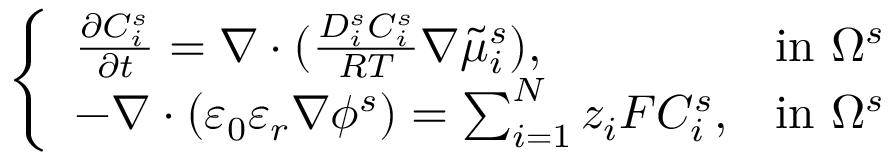
\left\{ \begin{array} { l l } { \frac { \partial C _ { i } ^ { s } } { \partial t } = \nabla \cdot ( \frac { D _ { i } ^ { s } C _ { i } ^ { s } } { R T } \nabla \tilde { \mu } _ { i } ^ { s } ) , } & { \mathrm { i n ~ } \Omega ^ { s } } \\ { - \nabla \cdot ( \varepsilon _ { 0 } \varepsilon _ { r } \nabla \phi ^ { s } ) = \sum _ { i = 1 } ^ { N } z _ { i } F C _ { i } ^ { s } , } & { \mathrm { i n ~ } \Omega ^ { s } } \end{array} \right.